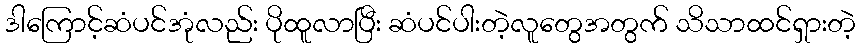
ဒါကြောင့်ဆံပင်အုံလည်း ပိုထူလာပြီး ဆံပင်ပါးတဲ့လူတွေအတွက် သိသာထင်ရှားတဲ့